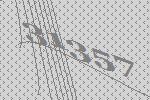
31357